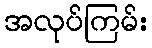
အလုပ်ကြမ်း